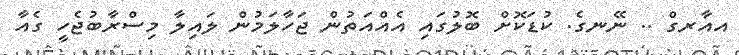
އއާރގް .. ނޭނގެ. ކުޑަކޮށް ބޮލުގައި އެއްއަތުން ޖަހާލަމުން ލައިލާ މިސްރާބުޖެހީ ގެއާ